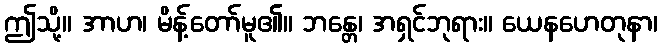
ဤသို့။ အာဟ၊ မိန့်တော်မူ၏။ ဘန္တေ၊ အရှင်ဘုရား။ ယေနဟေတုနာ၊